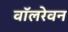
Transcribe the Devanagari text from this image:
वॉलरेवन